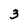
Character: 3